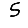
Digit: 5